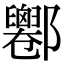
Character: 𨟦